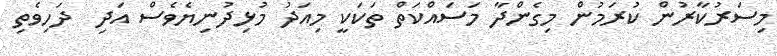
މިސަރުކާރުން ކުރަމުން މިގެންދާ މަސައްކަތް ތަކަކީ މިއަދު މުޅިދުނިޔެވެސް އަދި  ދަހިވެތި